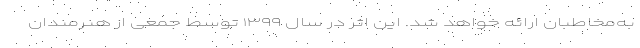
به‌مخاطبان ارائه خواهد شد. این اثر در سال ۱۳۹۹ توسط جمعی از هنرمندان